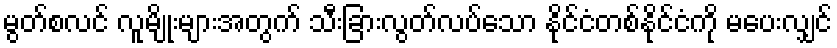
မွတ်စလင် လူမျိုးများအတွက် သီးခြားလွတ်လပ်သော နိုင်ငံတစ်နိုင်ငံကို မပေးလျှင်